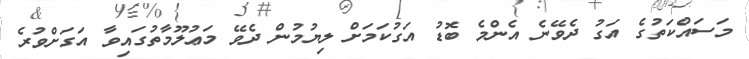
މަސައްކަތުގެ އަގު ދެވޭނެ އެންމެ ބޮޑު އަގުކަމަށް ލިޔުމުން ދެވޭ މަޢުލޫމާތުގައިވާ އަގަށްވުރެ